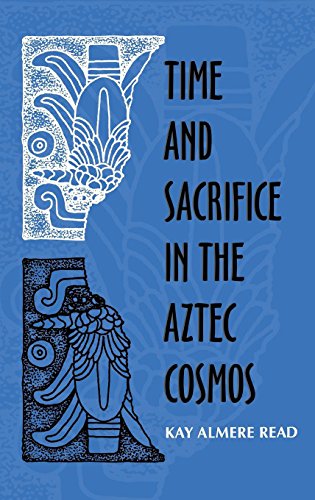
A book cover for Time and Sacrifice in the Aztec Cosmos (Religion in North America); Kay Almere Read; History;